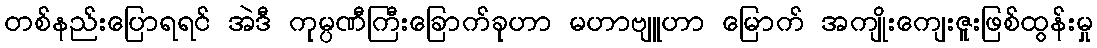
တစ်နည်းပြောရရင် အဲဒီ ကုမ္ပဏီကြီးခြောက်ခုဟာ မဟာဗျူဟာ မြောက် အကျိုးကျေးဇူးဖြစ်ထွန်းမှု